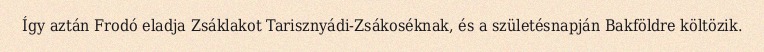
Így aztán Frodó eladja Zsáklakot Tarisznyádi-Zsákoséknak, és a születésnapján Bakföldre költözik.